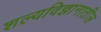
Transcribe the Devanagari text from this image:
शल्यविज्ञानातील